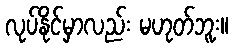
လုပ်နိုင်မှာလည်း မဟုတ်ဘူး။